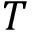
T